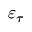
\varepsilon _ { \tau }